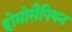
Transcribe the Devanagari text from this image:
होमोसैपियन